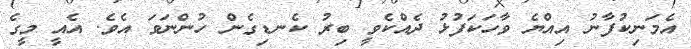
އެމަނިކުފާނު އިއްޔެ ވާހަކަފުޅު ދެއްކެވީ ބިރު ކެނޑިގެން ހުންނަވަ އެވެ. އެއީ މީގެ